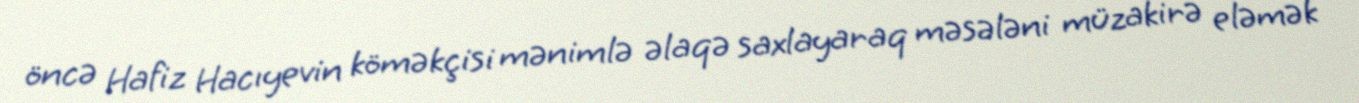
öncə Hafiz Hacıyevin köməkçisi mənimlə əlaqə saxlayaraq məsələni müzakirə eləmək